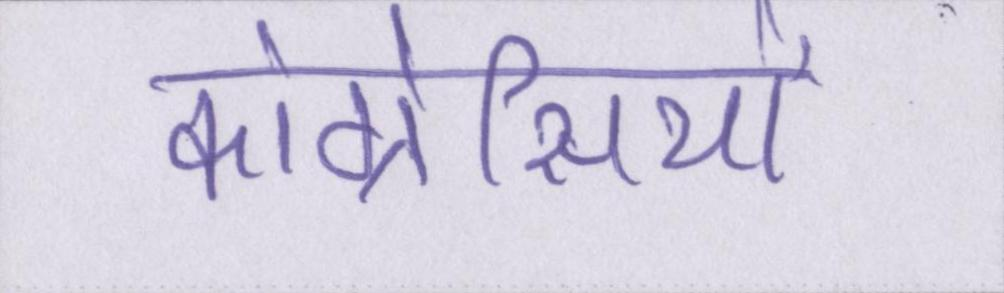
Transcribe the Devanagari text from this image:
कांग्रेसियों